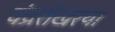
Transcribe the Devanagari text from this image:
चंद्रशेखरया